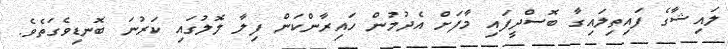
ލައިޝާގެ ފައިތިލައިގާ ބޮސްދީފައި މާފަށް އެދުމުން ހައިރާންކަން ފިލާ ލޮލުގައި ކަރުނަ ބޮނޑިވެގަތެވެ.